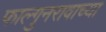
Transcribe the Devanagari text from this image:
फाल्गुनरावाच्या